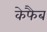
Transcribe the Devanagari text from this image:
केफैब